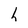
Character: h